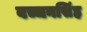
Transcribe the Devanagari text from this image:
बच्चनसिंह